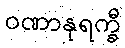
ဝဏာနုရက္ခီ